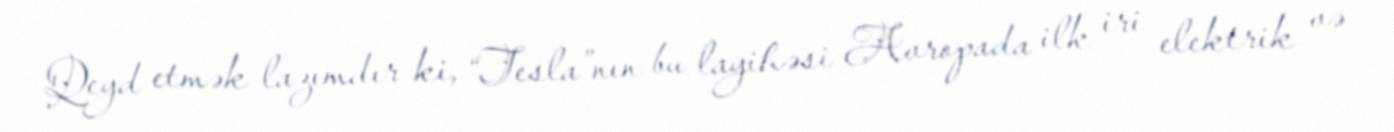
Qeyd etmək lazımdır ki, “Tesla”nın bu layihəsi Avropada ilk iri elektrik və